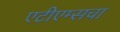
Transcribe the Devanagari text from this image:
एटीएम्सचा